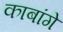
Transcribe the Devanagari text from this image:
काबांगे